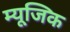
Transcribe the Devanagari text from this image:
म्‍यूजि़क